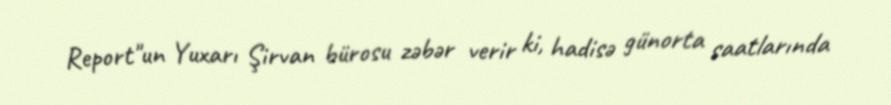
Report"un Yuxarı Şirvan bürosu zəbər verir ki, hadisə günorta saatlarında